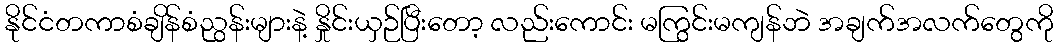
နိုင်ငံတကာစံချိန်စံညွန်းများနဲ့ နှိုင်းယှဉ်ပြီးတော့ လည်းကောင်း မကြွင်းမကျန်ဘဲ အချက်အလက်တွေကို